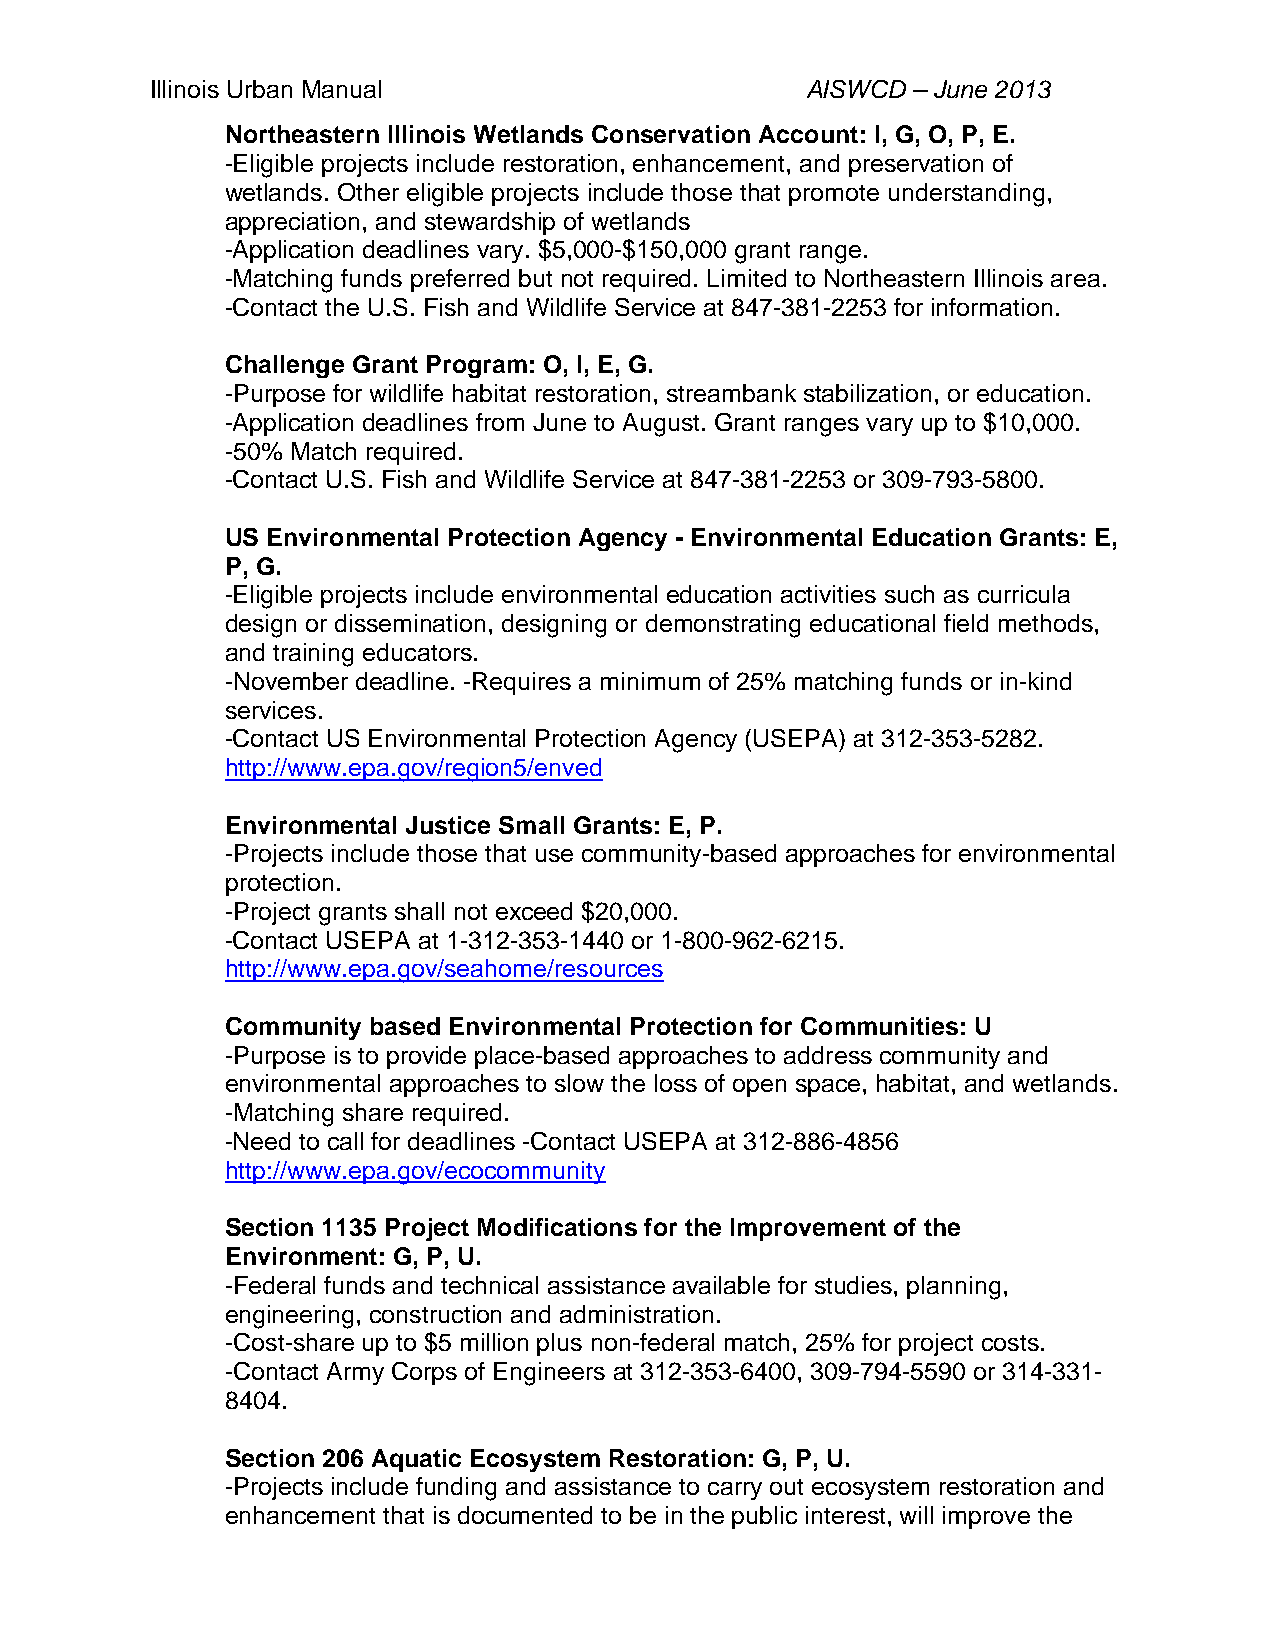
Illinois Urban Manual                      AISWCD – June 2013
 Northeastern Illinois Wetlands Conservation Account: I, G, O, P, E.
 -Eligible projects include restoration, enhancement, and preservation of
 wetlands. Other eligible projects include those that promote understanding,
 appreciation, and stewardship of wetlands
 -Application deadlines vary. $5,000-$150,000 grant range.
 -Matching funds preferred but not required. Limited to Northeastern Illinois area.
 -Contact the U.S. Fish and Wildlife Service at 847-381-2253 for information.
 Challenge Grant Program: O, I, E, G.
 -Purpose for wildlife habitat restoration, streambank stabilization, or education.
 -Application deadlines from June to August. Grant ranges vary up to $10,000.
 -50% Match required.
 -Contact U.S. Fish and Wildlife Service at 847-381-2253 or 309-793-5800.
 US Environmental Protection Agency - Environmental Education Grants: E,
 P, G.
 -Eligible projects include environmental education activities such as curricula
 design or dissemination, designing or demonstrating educational field methods,
 and training educators.
 -November deadline. -Requires a minimum of 25% matching funds or in-kind
 services.
 -Contact US Environmental Protection Agency (USEPA) at 312-353-5282.
 http://www.epa.gov/region5/enved
 Environmental Justice Small Grants: E, P.
 -Projects include those that use community-based approaches for environmental
 protection.
 -Project grants shall not exceed $20,000.
 -Contact USEPA at 1-312-353-1440 or 1-800-962-6215.
 http://www.epa.gov/seahome/resources
 Community based Environmental Protection for Communities: U
 -Purpose is to provide place-based approaches to address community and
 environmental approaches to slow the loss of open space, habitat, and wetlands.
 -Matching share required.
 -Need to call for deadlines -Contact USEPA at 312-886-4856
 http://www.epa.gov/ecocommunity
 Section 1135 Project Modifications for the Improvement of the
 Environment: G, P, U.
 -Federal funds and technical assistance available for studies, planning,
 engineering, construction and administration.
 -Cost-share up to $5 million plus non-federal match, 25% for project costs.
 -Contact Army Corps of Engineers at 312-353-6400, 309-794-5590 or 314-331-
 8404.
 Section 206 Aquatic Ecosystem Restoration: G, P, U.
 -Projects include funding and assistance to carry out ecosystem restoration and
 enhancement that is documented to be in the public interest, will improve the